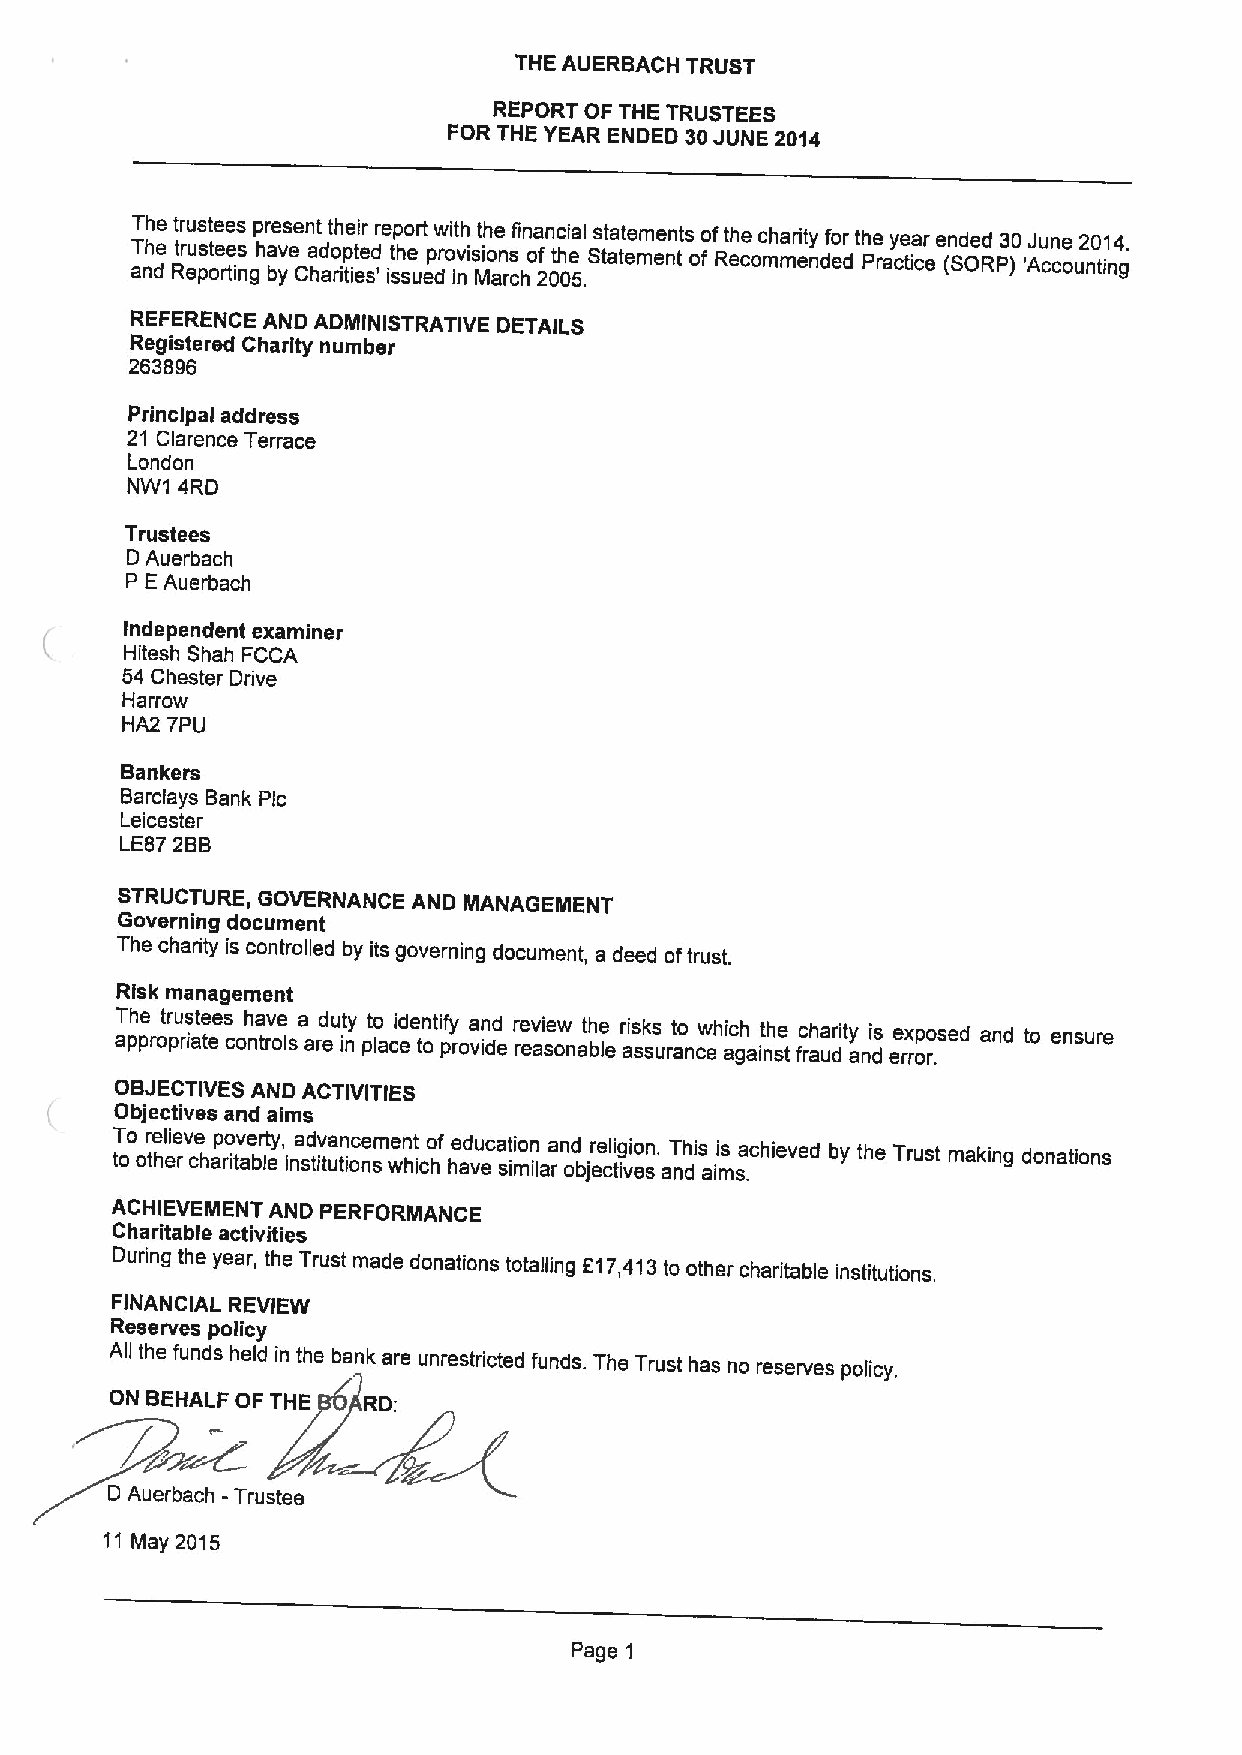
THE AUERBACH TRUST
 REPORT OF THE TRUSTEES
 FOR THE YEAR ENDED 30JUNE 2014
 T aT nhh dee Rt tr r eu u ps s ot te e rte e is s ngp hr a be v ys ee Cnt had arot ih p te it ei er sd 're itp sho se urt ep dw roit ivh nis Mit oh n ae s rcf hin oa 2fn 0c thi 0a e 5l .Ss tt aa tt ee mm ee nn tts ofof Rt eh ce omch mad eit ny def dor th Pe ray cte ia cr ee (n Sd Oed RP3 )0 'AJu cn ce oun2 t0 in1 g4.
 REFERENCE AND ADMINISTRATIVE DETAILS
 Registered Charity number
 263896
 Principal address
 21 Clarence Terrace
 London
 NW1 4RD
 Trustees
 D Auerbach
 P EAuerbach
 Independent examiner
 Hitesh Shah FCCA
 54 Chester Drive
 Harrow
 HA2 7PU
 Bankers
 Barclays Bank Pic
 Leicester
 LE87 2BB
 STRUCTURE, GOVERNANCE AND MANAGEMENT
 Governing document
 The charity is controlled by its governing document, a deed oftrust.
 Risk management
 aT ph pe roptr ru ias tt eees coh na trv oe ls a ard eut iy n pt lo aci eden totif py rova in dd e r re ev ai se ow nabth lee r ais sk sus rat no cewhi ac gh ainth se t fc rh auar dity andis ee rx rop ro .sed and to ensure
 OBJECTIVES AND ACTIVITIES
 Objectives and aims
 T too or thel ei rev ce hap rio tv ae br lt ey, ina sd tiv tua tn ioc ne smen wt hichof he ad vu ecat si io mn ilaran od bjr ee cl ti ig vio en s. aT ndhis aii ms sa .chieved by the Trust making donations
 ACHIEVEMENT AND PERFORMANCE
 Charitable activities
 During the year, the Trust made donations totalling 517,413to other charitable institutions.
 FINANCIAL REVIEW
 Reserves policy
 All the funds held in the bank are unrestricted funds. The Trust has no reserves policy.
 ON BEHALF OF THE RD:
 D Auerbach -Trustee
 'l1 May 2015
 Page 1